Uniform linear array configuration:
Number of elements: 24
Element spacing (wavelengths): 0.75
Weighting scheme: blackman
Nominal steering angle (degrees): -15
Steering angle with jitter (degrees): -13.088
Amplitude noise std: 0.05
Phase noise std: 0.05

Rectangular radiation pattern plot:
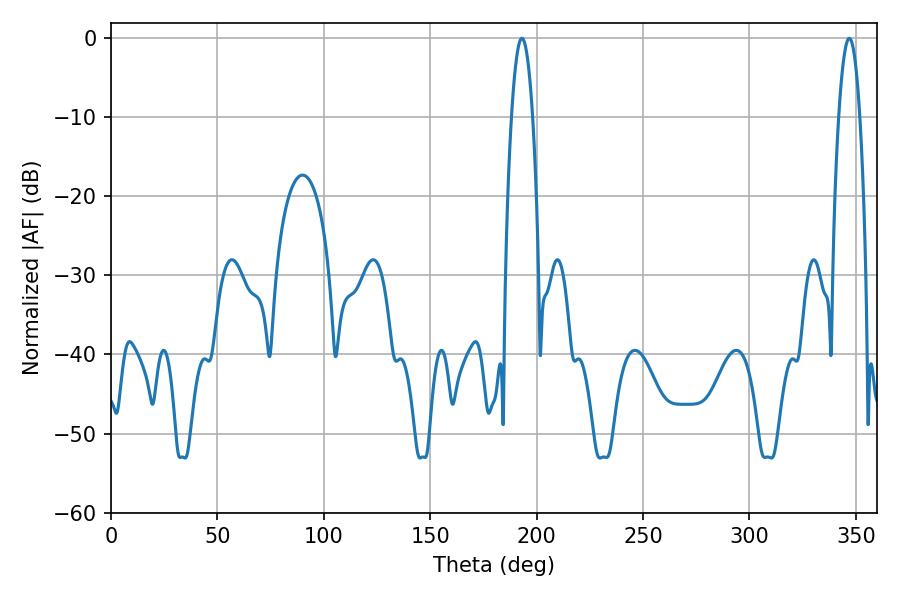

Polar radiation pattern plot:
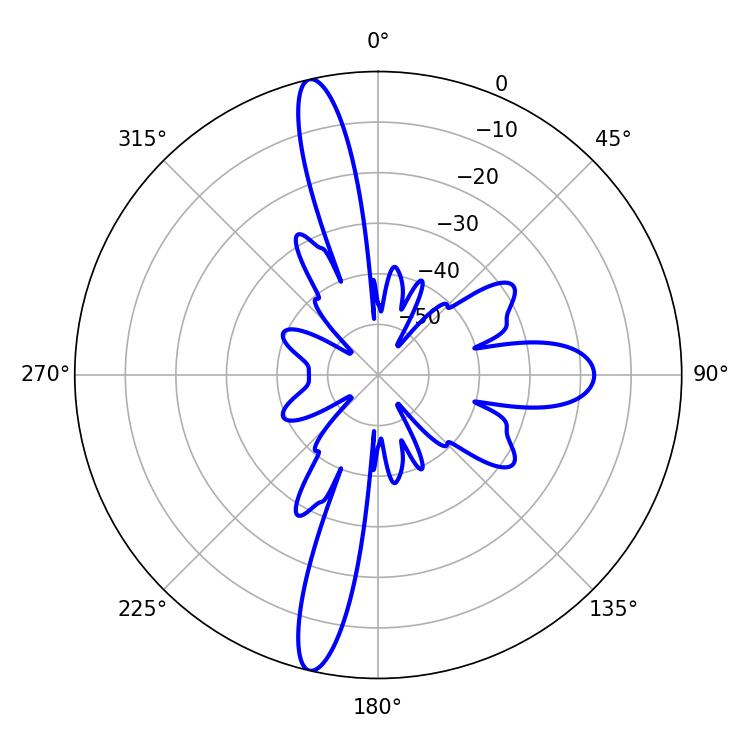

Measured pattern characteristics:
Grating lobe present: TRUE
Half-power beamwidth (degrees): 5.4
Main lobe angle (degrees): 193.14